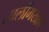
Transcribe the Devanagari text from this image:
तालीमखाने